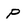
Character: p